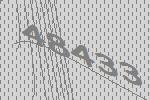
48433